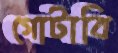
গোটাবি